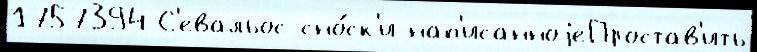
1757394 С'евальос сно́ск'и нап'исанноjеПростав'ить